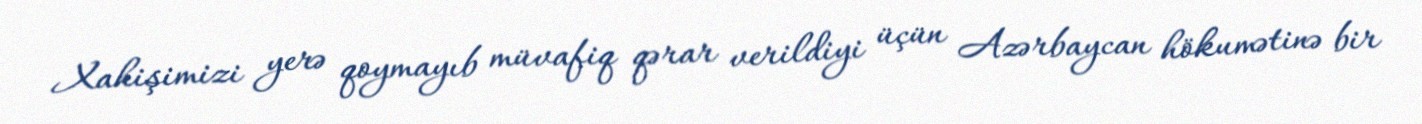
Xahişimizi yerə qoymayıb müvafiq qərar verildiyi üçün Azərbaycan hökumətinə bir